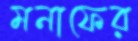
মনাফের